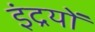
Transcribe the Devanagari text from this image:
इंद्रयों